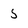
Character: 5